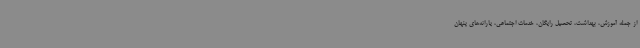
از جمله آموزش، بهداشت، تحصیل رایگان، خدمات اجتماعی، یارانه‌های پنهان